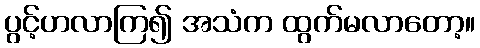
ပွင့်ဟလာကြ၍ အသံက ထွက်မလာတော့။